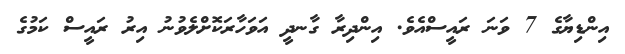
އިންޑިޔާގެ 7 ވަނަ ރައީސްއެވެ. އިންދިރާ ގާނދީ އަވަހާރަކޮށްލެވުނު އިރު ރައީސް ކަމުގެ